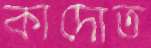
কাদোত